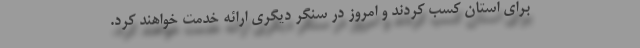
برای استان کسب کردند و امروز در سنگر دیگری ارائه خدمت خواهند کرد.